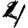
Digit: 4